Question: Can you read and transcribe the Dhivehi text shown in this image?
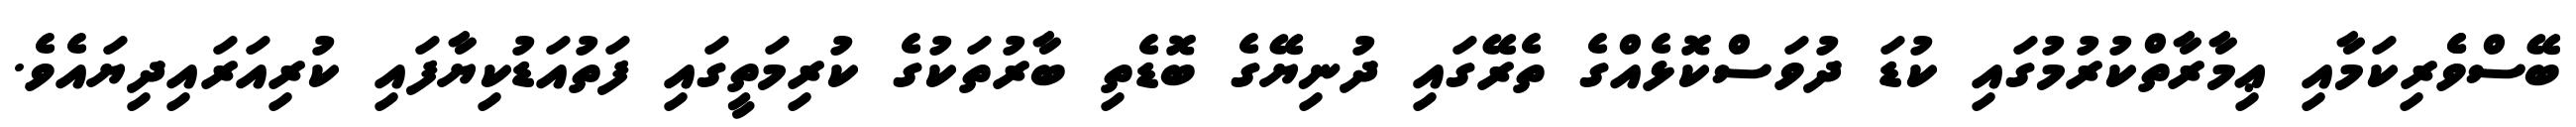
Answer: ބޭސްވެެރިކަމާއި ޢިމާރާތްކުރުމުގައި ކުޑަ ދުވަސްކޮޅެއްގެ ތެރޭގައި ދުނިޔޭގެ ބޮޑެތި ބާރުތަކުގެ ކުރިމަތީގައި ފަތުއަޑުކިޔާފައި ކުރިއަރައިދިޔައެވެ.